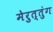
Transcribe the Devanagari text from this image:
मेरुत्तुंग